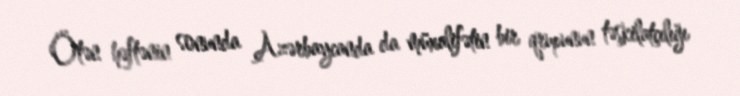
Ötən həftənin sonunda Azərbaycanda da müxalifətin bir qrupunun təşkilatçılığı